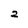
Character: 2